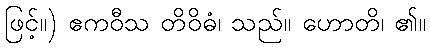
ဖြင့်။) ဧကဝီသ တိဝိဓံ၊ သည်။ ဟောတိ၊ ၏။